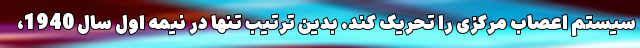
سیستم اعصاب مرکزی را تحریک کند. بدین ترتیب تنها در نیمه اول سال 1940،